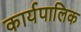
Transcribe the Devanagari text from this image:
कार्यपालिक